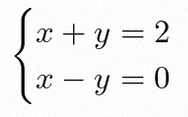
\begin{cases}x+y=2\\x-y=0\end{cases}